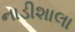
નાડીશાલા